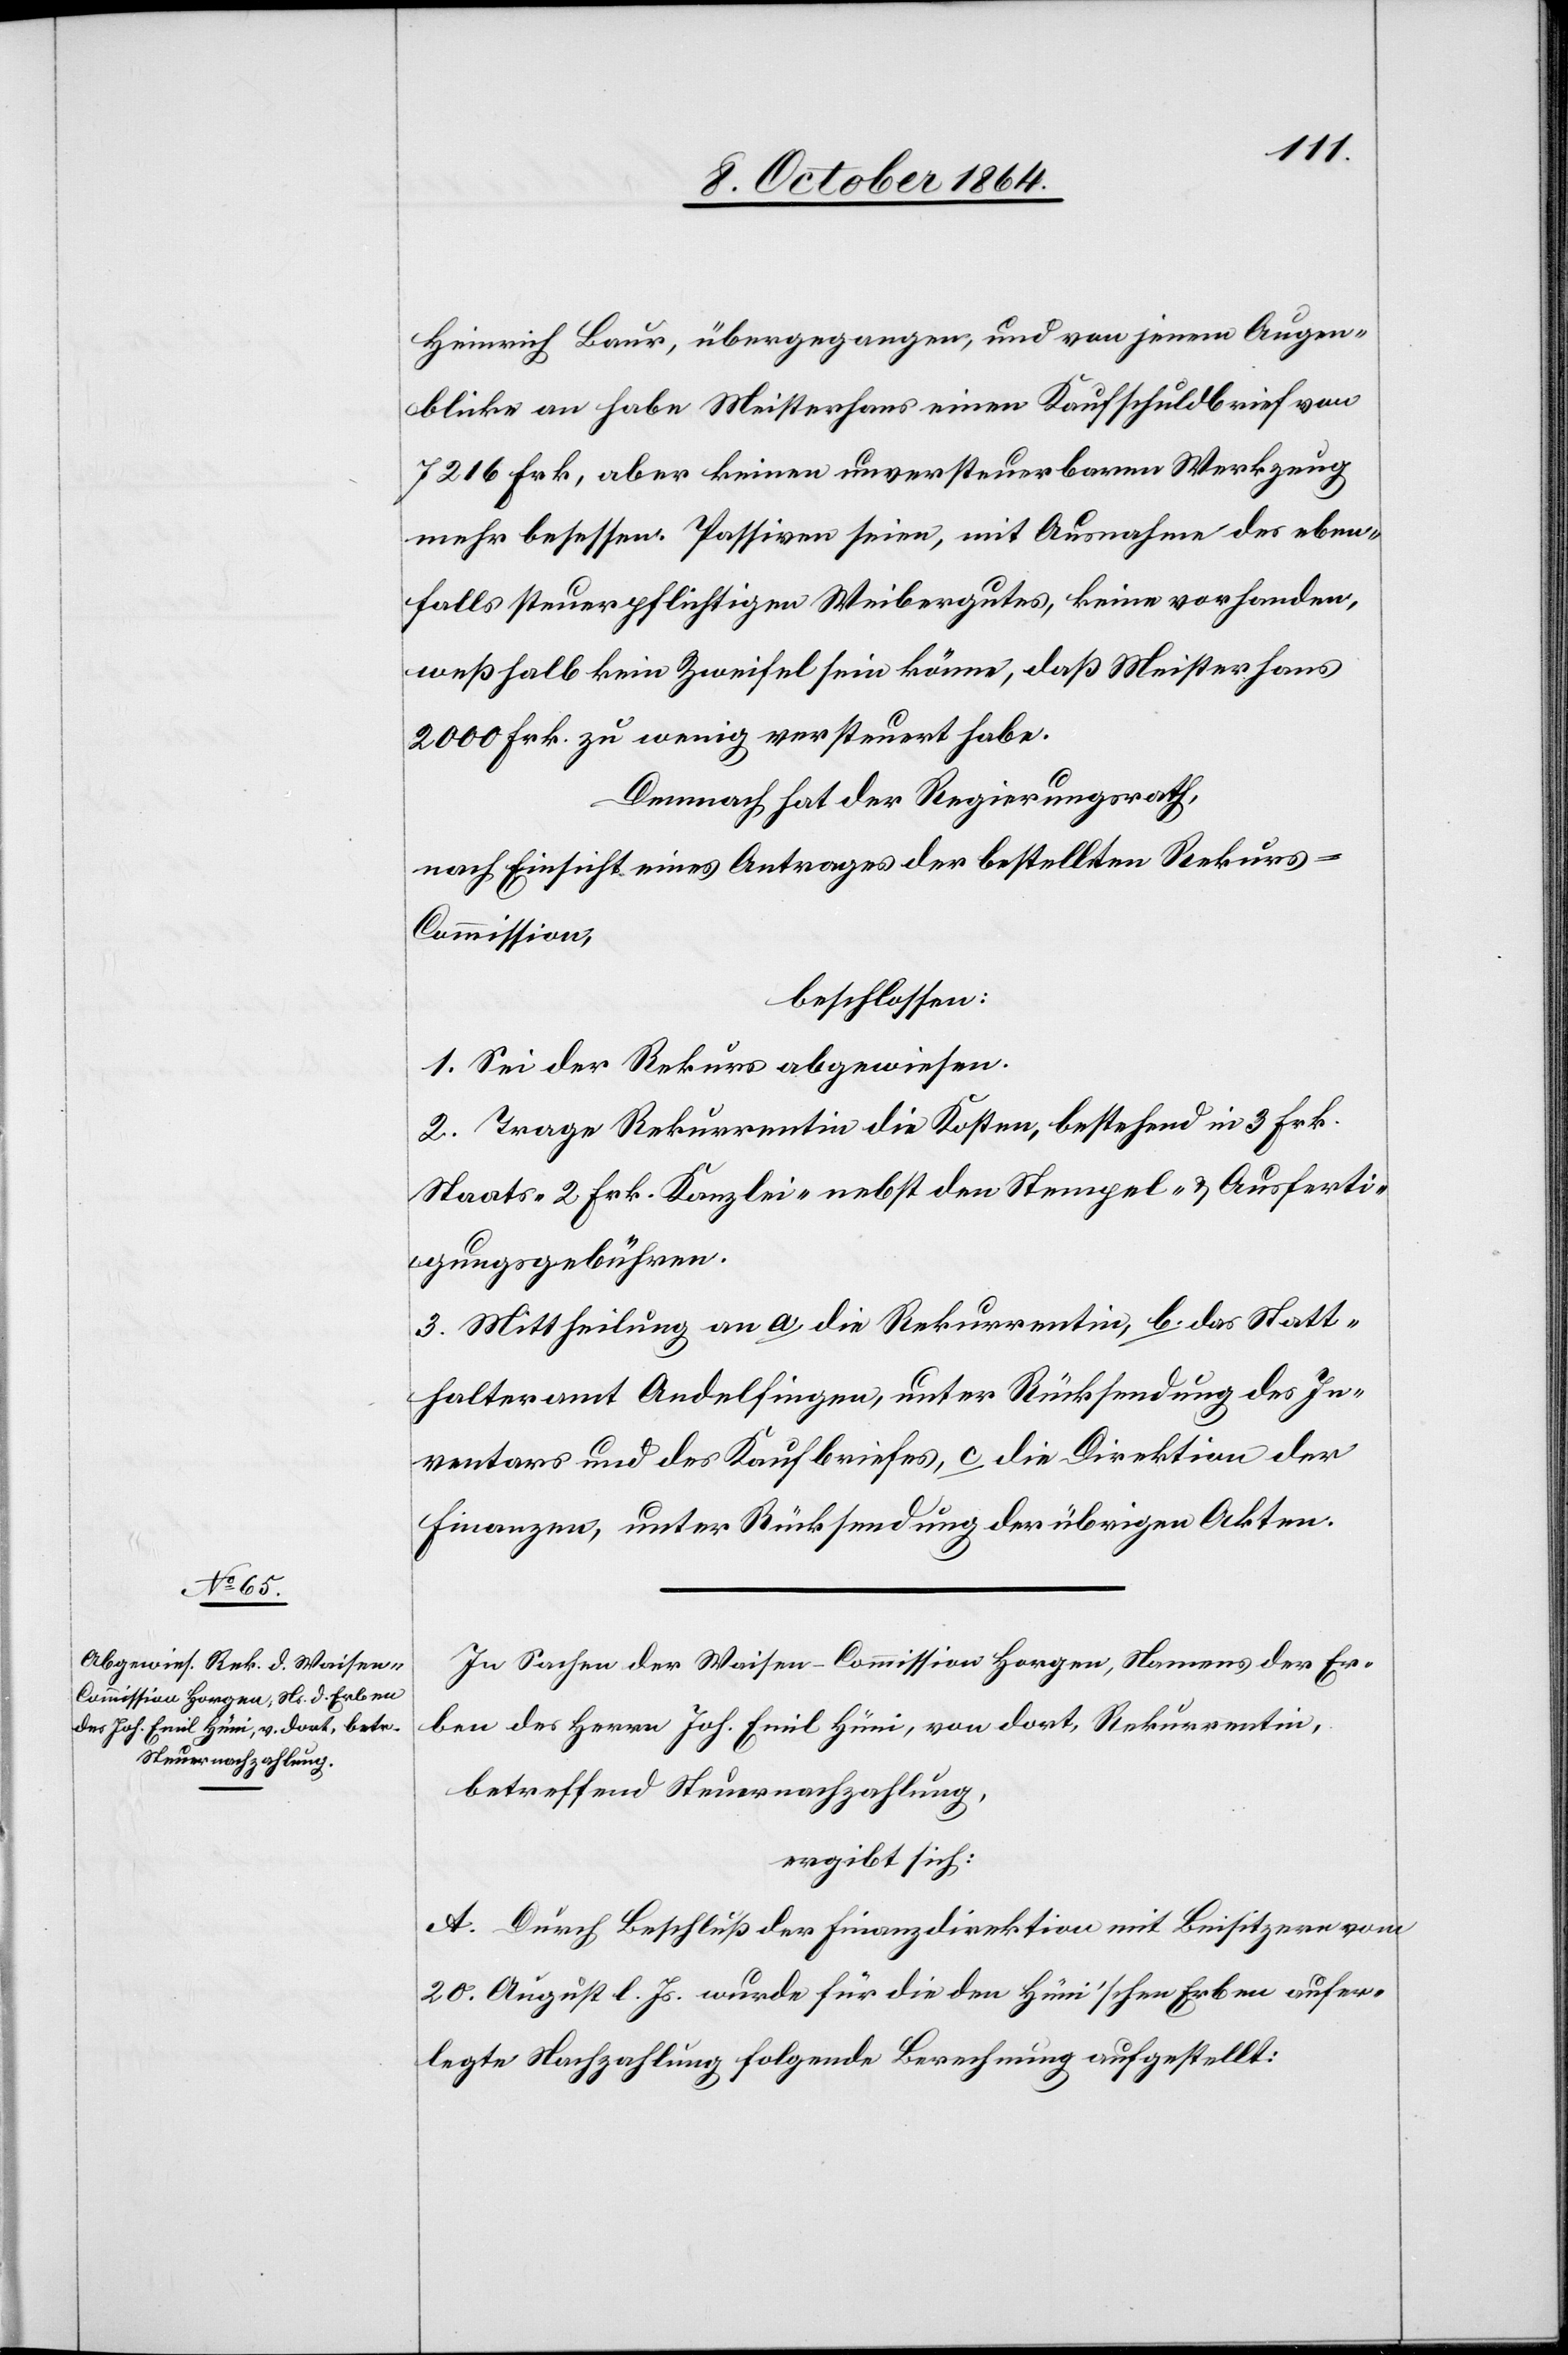
Heinrich Baur, übergegangen, und von jenem Augen¬
blicke an habe Meisterhans einen Kaufschuldbrief von
7216 Frk, aber keinen unversteuerbaren Werkzeug
mehr besessen. Passiven seien, mit Ausnahme des eben¬
falls steuerpflichtigen Weibergutes, keine vorhanden,
weßhalb kein Zweifel sein könne, daß Meisterhans
2000 Frk. zu wenig versteuert habe.
Demnach hat der Regierungsrath,
nach Einsicht eines Antrages der bestellten Rekur¬
s-Commission,
beschlossen:
1. Sei der Rekurs abgewiesen.
2. Trage Rekurrentin die Kosten, bestehend in 3 Frk.
Staats- 2 Frk. Kanzlei- nebst den Stempel- & Ausferti¬
gungsgebühren.
3. Mittheilung an a) die Rekurrentin, b.) das Statt¬
halteramt Andelfingen, unter Rücksendung des In¬
ventars und des Kaufbriefes, c) die Direktion der
Finanzen, unter Rücksendung der übrigen Akten.
In Sachen der Waisen-Kommission Horgen, Namens der Er¬
ben des Herrn Joh. Emil Hüni, von dort, Rekurrentin,
betreffend Steuernachzahlung,
ergibt sich:
A. Durch Beschluß der Finanzdirektion mit Beisitzern vom
20. August l. Js. wurde für die den Hüni’schen Erben aufer¬
legte Nachzahlung folgende Berechnung aufgestellt: